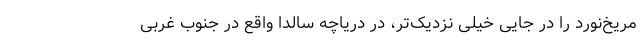
مریخ‌نورد را در جایی خیلی نزدیک‌تر، در دریاچه سالدا واقع در جنوب غربی